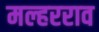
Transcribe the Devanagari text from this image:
मल्हरराव